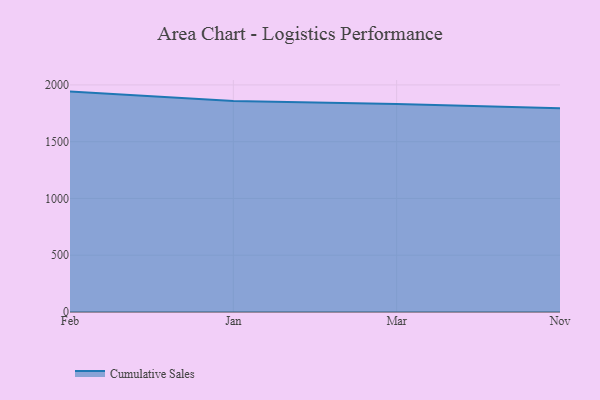
{"axis": {"x": "Month", "y": "Latency (ms)"}, "legend": ["Cumulative Sales"], "data": [{"x": "Feb", "y": 1941.2, "type": "Cumulative Sales"}, {"x": "Jan", "y": 1858.0, "type": "Cumulative Sales"}, {"x": "Mar", "y": 1831.2, "type": "Cumulative Sales"}, {"x": "Nov", "y": 1794.2, "type": "Cumulative Sales"}]}